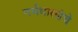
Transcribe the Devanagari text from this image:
गर्भधारणेचे